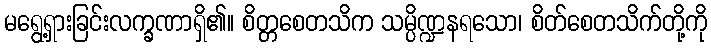
မရွေ့ရှားခြင်းလက္ခဏာရှိ၏။ စိတ္တစေတသိက သမ္ပိဏ္ဍနရသော၊ စိတ်စေတသိက်တို့ကို